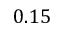
0 . 1 5